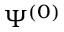
\Psi ^ { ( 0 ) }